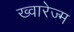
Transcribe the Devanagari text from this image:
ख्वारेज्म